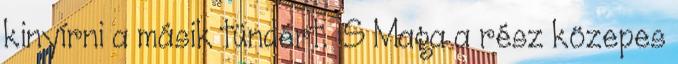
kinyírni a másik tündért. :S Maga a rész közepes